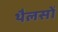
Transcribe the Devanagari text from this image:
थैलसों